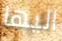
اليها